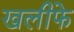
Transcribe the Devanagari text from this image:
खलीफे